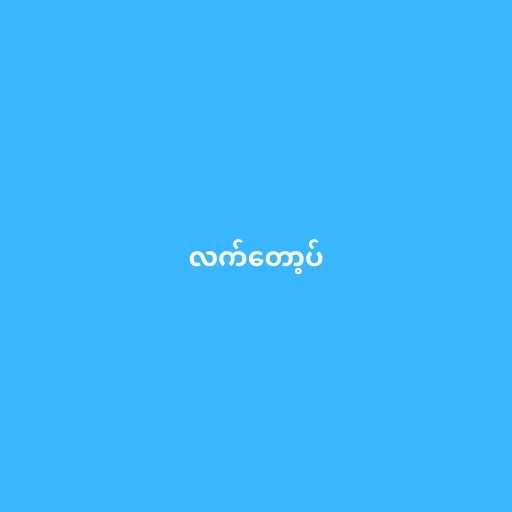
လက်တော့ပ်